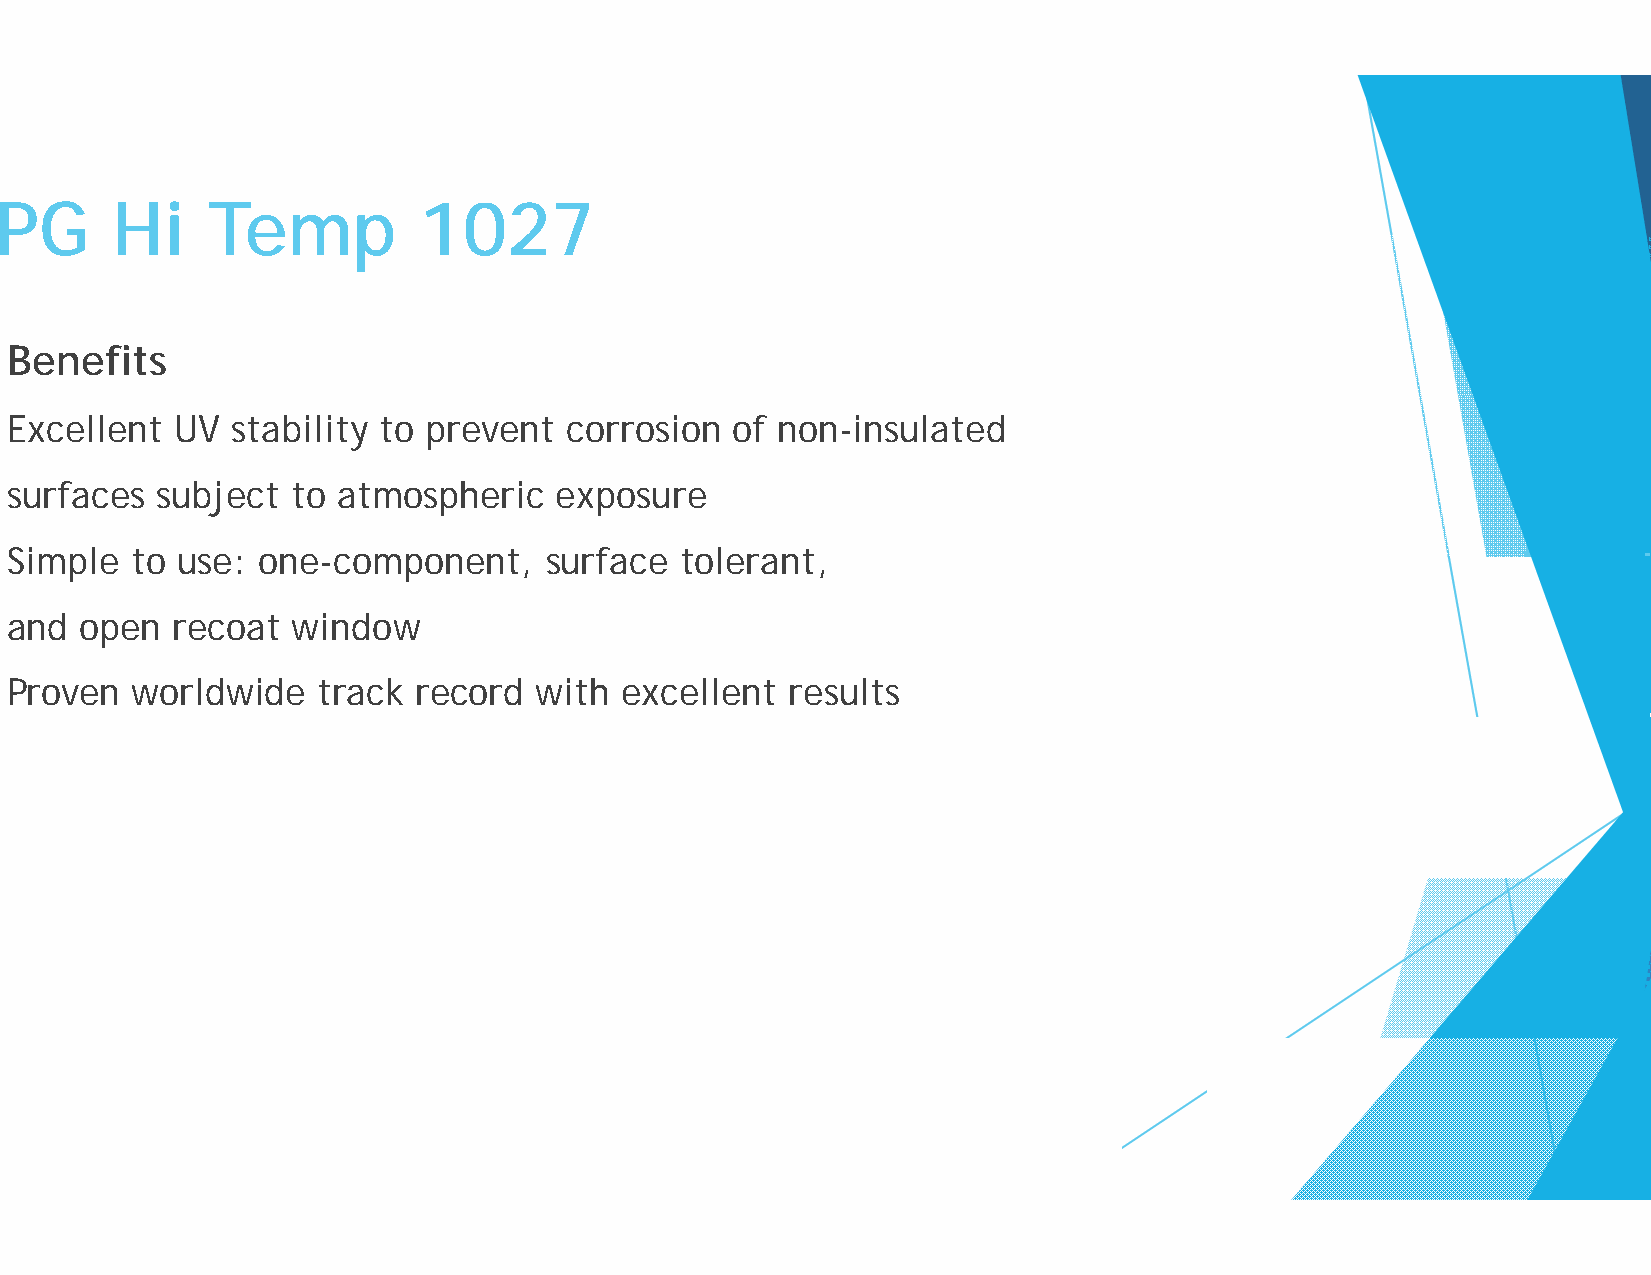
PPGG   HHii   TTeemmpp      11002277
 Benefits
 Excellent   UV stability to prevent   corrosion of nonn-insulated
 surfaces  subject  to atmospheric    exposure
 SSiimmppllee ttoo uussee:: oonnee-ccoommppoonneenntt, ssuurrffaaccee ttoolleerraanntt,,
 and  open  recoat  window
 Proven   worldwide   track record  with  excellent  ressults